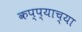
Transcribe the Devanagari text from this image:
कप्प्याच्या